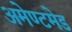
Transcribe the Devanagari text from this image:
अमेण्टमेड